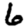
Digit: 6